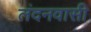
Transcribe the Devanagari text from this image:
लंदनवासी